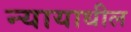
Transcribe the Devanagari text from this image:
न्यायाधील